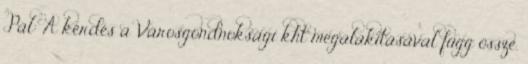
Pál: A kérdés a Városgondnoksági kht megalakításával függ össze.